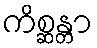
ကိစ္ဆန္တာ